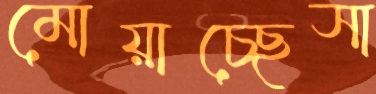
মোয়াচ্ছেসা